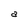
Character: a